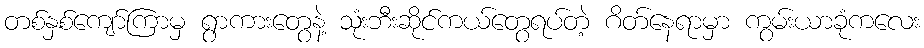
တစ်နှစ်ကျော်ကြာမှ ရွာကားတွေနဲ့ သုံးဘီးဆိုင်ကယ်တွေရပ်တဲ့ ဂိတ်နေရာမှာ ကွမ်းယာခုံကလေး